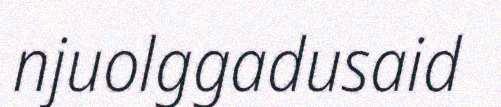
njuolggadusaid